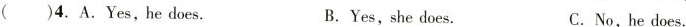
( )4.A.Yes,he does. B.Yes, she does. C.No, he does.